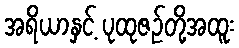
အရိယာနှင့် ပုထုဇဉ်တို့အထူး